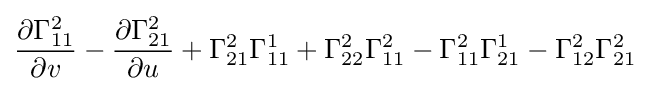
{\frac {\partial \Gamma _{11}^{2}}{\partial v}}-{\frac {\partial \Gamma _{21}^{2}}{\partial u}}+\Gamma _{21}^{2}\Gamma _{11}^{1}+\Gamma _{22}^{2}\Gamma _{11}^{2}-\Gamma _{11}^{2}\Gamma _{21}^{1}-\Gamma _{12}^{2}\Gamma _{21}^{2}